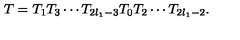
T = T _ { 1 } T _ { 3 } \cdots T _ { 2 l _ { 1 } - 3 } T _ { 0 } T _ { 2 } \cdots T _ { 2 l _ { 1 } - 2 } .